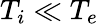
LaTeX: T_{i}\ll T_{e}